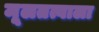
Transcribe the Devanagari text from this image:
मूलतत्वाला